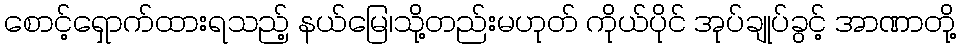
စောင့်ရှောက်ထားရသည့် နယ်မြေ၊သို့တည်းမဟုတ် ကိုယ်ပိုင် အုပ်ချုပ်ခွင့် အာဏာတို့